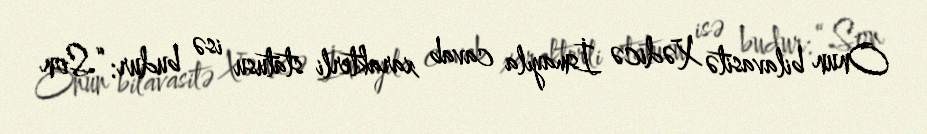
Onun bilavasitə Xədicə İsmayıla cavab xarakterli statusu isə budur: “Son